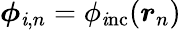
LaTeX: \boldsymbol{\phi}_{\mathit{i},n}=\phi_{\mathrm{{\mathit{i}nc}}}(\boldsymbol{r}_{n})